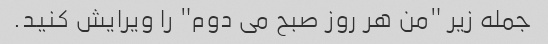
جمله زیر "من هر روز صبح می دوم" را ویرایش کنید.